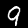
Label: 9